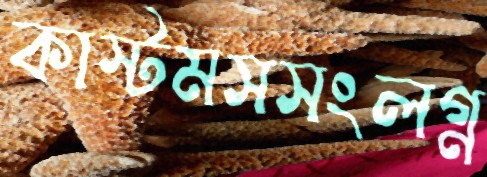
কাস্টমসসংলগ্ন